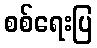
စစ်ရေးပြ